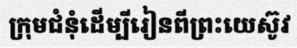
ក្រុមជំនុំដើម្បីរៀនពីព្រះយេស៊ូវ